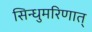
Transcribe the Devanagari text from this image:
सिन्धुमरिणात्